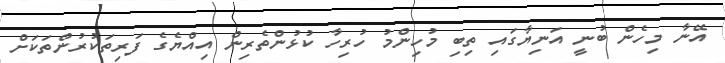
އޭނާ މިހެން ބުނީ އަނިޔާގައި ތިބި މުހިންމު ހުރިހާ ކުޅުންތެރިން އިއްޔެގެ ފަރިތަކުރުންތަކަށް